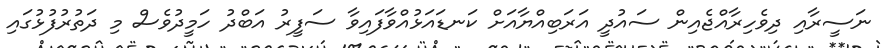
ނަސީރާއި ދިވެހިރާއްޖެއިން ސައުދީ އަރަބިއްޔާއަށް ކަނޑައަޅުއްވާފައިވާ ސަފީރު އަބްދު ހަމީދުވެސް މި ދަތުރުފުޅުގައި